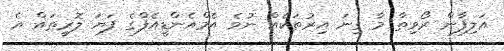
އަލިފާން ރޯވިތާ މާ ގިނަ އިރުތަކެއް ނުވެ އެމްއެންޑީއެފްގެ ފަޔަ ލޮރީތައް އެ